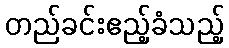
တည်ခင်းဧည့်ခံသည့်